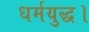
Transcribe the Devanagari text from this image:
धर्मयुद्ध।